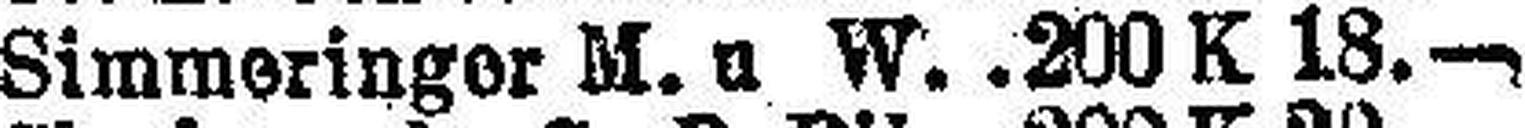
Simmeringer M. u. W. 200 K 18.—